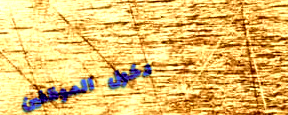
دخول الموظفين